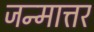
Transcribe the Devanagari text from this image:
जन्मात्तर